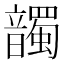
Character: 𩑂